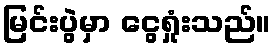
မြင်းပွဲမှာ ငွေရှုံးသည်။